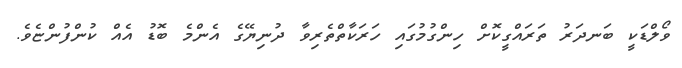
ވޯލްޑަކީ ބަނދަރު ތަރައްގީކޮށް ހިންގުމުގައި ހަރަކާތްތެރިވާ ދުނިޔޭގެ އެންމެ ބޮޑު އެއް ކުންފުންޏެވެ.